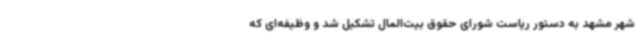
شهر مشهد به دستور ریاست شورای حقوق بیت‌المال تشکیل شد و وظیفه‌ای که